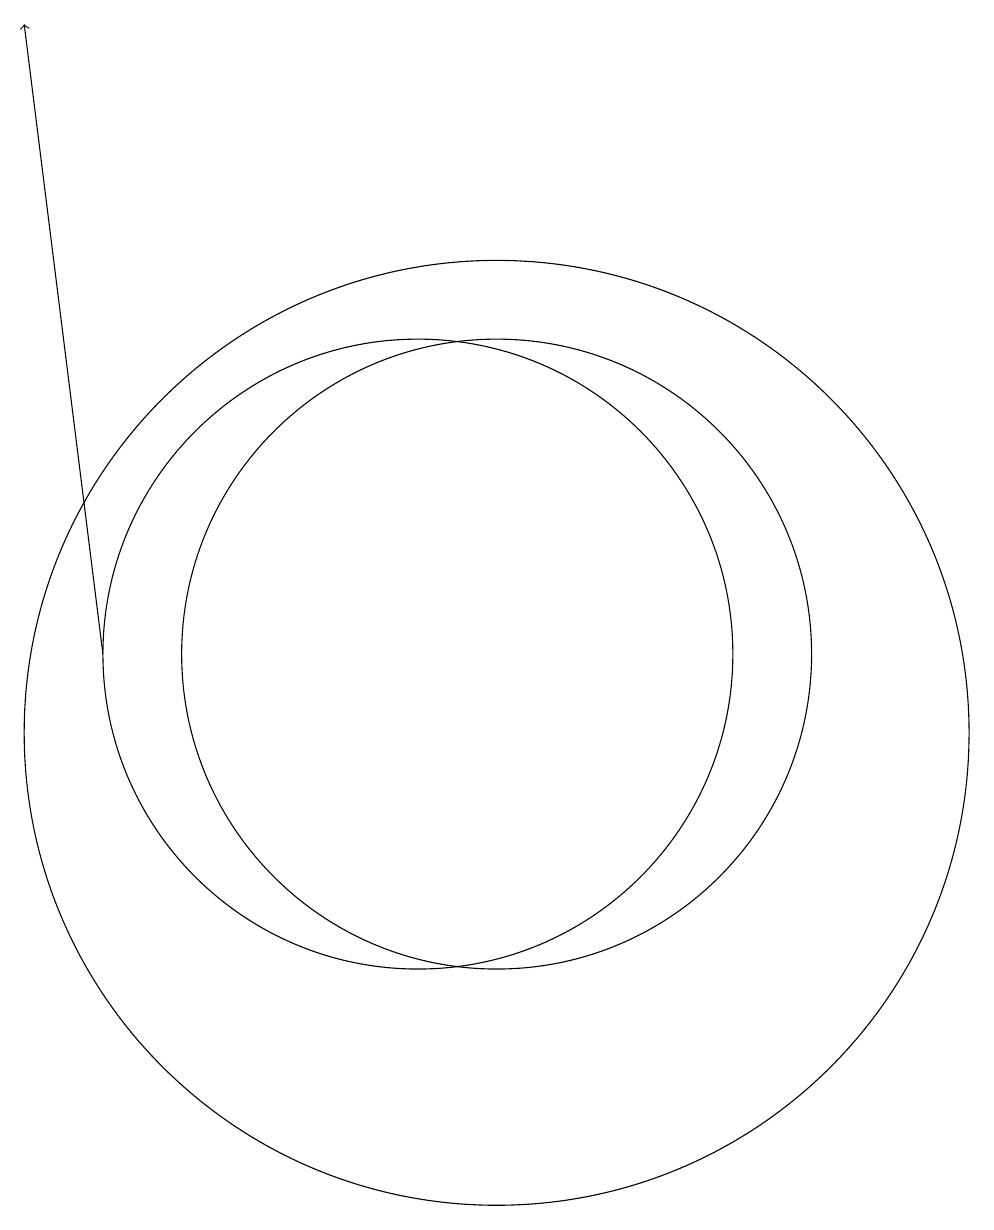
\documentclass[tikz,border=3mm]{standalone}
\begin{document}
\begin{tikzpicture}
\draw (12,10) circle (6);
\draw (12,11) circle (4);
\draw (11,11) circle (4);
\draw[->] (7,11) -- (6,19);
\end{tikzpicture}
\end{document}